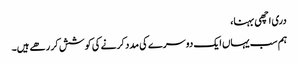
دری اچھی بہنا،
ہم سب یہاں ایک دوسرے کی مدد کرنے کی کوشش کر رھے ہیں۔